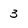
Character: 3